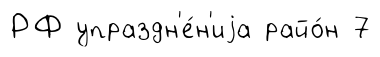
РФ упраздн'е́н'иjа райо́н 7